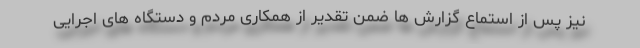
نیز پس از استماع گزارش ها ضمن تقدیر از همکاری مردم و دستگاه های اجرایی